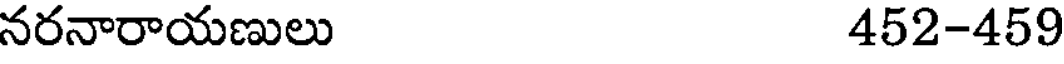
నరనారాయణులు 452-459